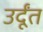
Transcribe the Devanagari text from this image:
उर्दूंत